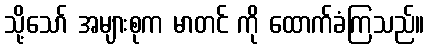
သို့သော် အများစုက မာတင် ကို ထောက်ခံကြသည်။